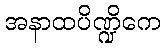
အနာထပိဏ္ဍိကေ